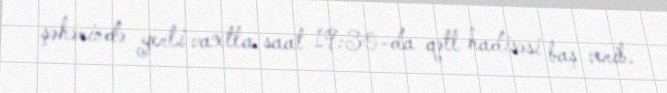
şəhərində yerli vaxtla saat 19:30-da qətl hadisəsi baş verib.